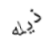
ذيله